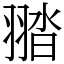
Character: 䎓